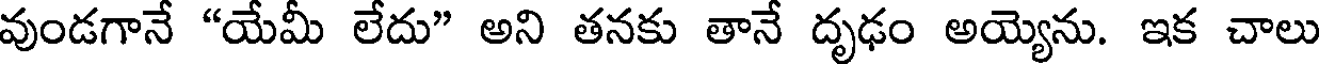
వుండగానే "యేమీ లేదు" అని తనకు తానే దృఢం అయ్యెను. ఇక చాలు